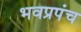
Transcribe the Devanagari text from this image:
भवप्रपंच